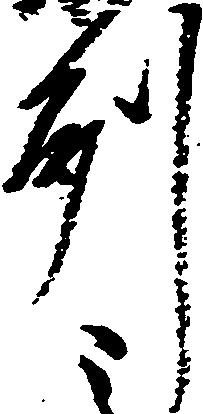
州